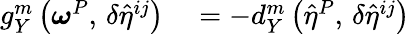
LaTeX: \begin{array}{rl}{g_{Y}^{m}\left({\boldsymbol{\omega}^{P}},\, {\delta\hat{\eta}^{ij}}\right)}&{{}=-d_{Y}^{m}\left({\hat{\eta}^{P}},\, {\delta\hat{\eta}^{ij}}\right)}\end{array}